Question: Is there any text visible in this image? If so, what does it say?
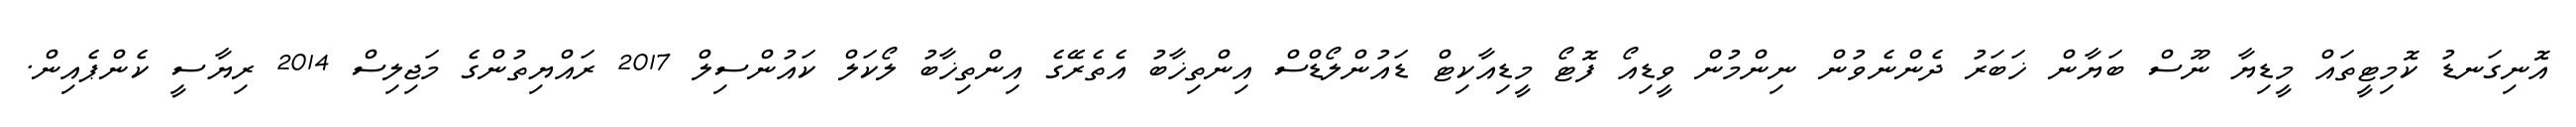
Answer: އޮނިގަނޑު ކޮމިޓީތައް މީޑިޔާ ނޫސް ބަޔާން ޚަބަރު ދެންނެވުން ނިންމުން ވީޑިއޯ ފޮޓޯ މީޑިއާކިޓް ޑައުންލޯޑްސް އިންތިޚާބު އެތެރޭގެ އިންތިޚާބު ލޯކަލް ކައުންސިލް 2017 ރައްޔިތުންގެ މަޖިލިސް 2014 ރިޔާސީ ކެންޕެއިން.